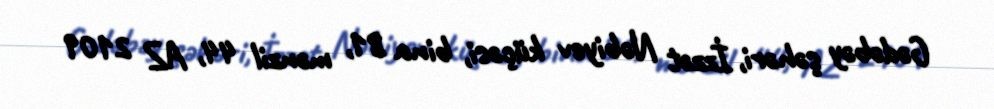
Gədəbəy şəhəri, İzzət Nəbiyev küçəsi, bina 81, mənzil 44, AZ 2109